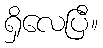
ရှိလေပြီ။